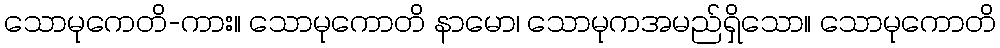
သောမုကေတိ-ကား။ သောမုကောတိ နာမော၊ သောမုကအမည်ရှိသော။ သောမုကောတိ